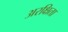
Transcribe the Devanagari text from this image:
अरक्षिता